Annual report of the Civil Veterinary Department, Bengal, for the year 1897-98 - 1897-1898
Year: 1897
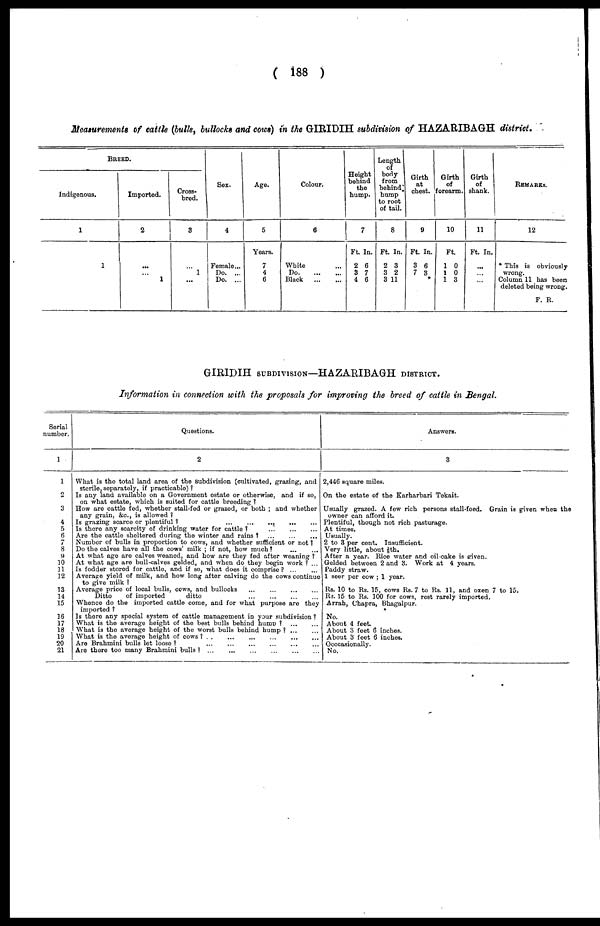
( 188 )
Meaturements of cattle (bulk, bullocks and cows) in the GIRIDIH subdivision of HAZARIBAGH district.
BREED.
Indigenous.
1
1
Imported.
2
...
...
1
Cross-
bred.
3
...
1
...
Sex.
4
Female...
Do. ...
Do. ...
Age.
5
Years.
7
4
6
Colour.
6
White ...
Do
...
...
Black
...
...
Height
behind
the
hump.
7
Ft.
2
3
4
In.
6
7
6
Lenth
of
body
from
behind
hump
to root
of tail.
8
Ft.
2
3
3
In.
3
2
11
Girth
at
chest.
9
Ft.
3
7
In.
6
3
*
Girth
of
forearm.
10
Ft.
1
1
1
0
0
3
Girth
of
shank.
11
Ft. In.
...
...
...
REMARKS.
12
* This is obviously
wrong.
Column 11 has been
deleted being wrong.
F. R.
GIRIDIH SUBDIVISION—HAZARIBAGH DISTRICT.
Information in connection with the proposals for improving the breed of cattle in Bengal.
Serial
number.
1
1
2
3
4
5
6
7
8
9
10
11
12
13
14
15
16
17
18
19
20
21
Questions.
2
What is the total land area of the subdivision (cultivated, grazing, and
sterile, separately, if practicable) ?
Is any land available on a Government estate or otherwise, and if so,
on what estate, which is suited for cattle breeding ?
How are cattle fed, whether stall-fed or grazed, or both ; and whether
any grain, &c, is allowed ?
Is grazing scarce or plentiful
?
...
...
...
...
...
Is there any scarcity of drinking water for cattle ?
...
...
...
Are the cattle sheltered during the winter and rains ? ... ... ...
Number of bulls in proportion to cows, and whether sufficient or not ?
Do the calves have all the cows' milk ; if not, how much? ... ...
At what age are calves weaned, and how are they fed after weaning ?
At what age are bull-calves gelded, and when do they begin work ? ...
Is fodder stored for cattle, and if so, what does it comprise? ... ...
Average yield of milk, and how long after calving do the cows continue
to give milk ?
Average price of local bulls, cows, and bullocks
...
...
...
...
Ditto
of imported
ditto ... ... ... ...
Whence do the imported cattle come, and for what purpose are they
imported ?
Is there any special system of cattle management in your subdivision ?
What is the average height of the best bulls behind hump ?
...
...
What is the average height of the worst bulls behind hump ?
...
...
What is the average height of cows ? . .
...
...
... ... ...
Are Brahmini bulls let loose ? ... ... ... ... ... ...
Are there too many Brahmini bulls
?...
...
...
...
...
...
Answers.
3
2,446 square miles.
On the estate of the Karharbari Tekait.
Usually grazed. A few rich persons stall-feed. Grain is given when the
owner can afford it.
Plentiful, though not rich pasturage.
At times.
Usually.
2 to 3 per cent. Insufficient.
Very little, about ⅛ th.
After a year. Rice water and oil cake is given.
Gelded between 2 and 3. Work at 4 years.
Paddy straw.
1 seer per cow ; 1 year.
Rs. 10 to Rs. 15, cows Rs. 7 to Rs. 11, and oxen 7 to 15,
R3. 15 to Rs. 100 for cows, rest rarely imported.
Arrah, Chapra, Bhagalpur.
No.
About 4 feet.
About 3 feet 6 inches.
About 3 feet 6 inches.
Occcasionally.
No.